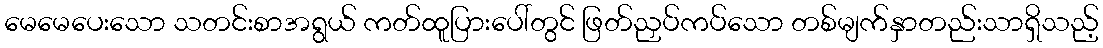
မေမေပေးသော သတင်းစာအရွယ် ကတ်ထူပြားပေါ်တွင် ဖြတ်ညှပ်ကပ်သော တစ်မျက်နှာတည်းသာရှိသည့်